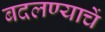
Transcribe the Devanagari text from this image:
बदलण्याचें